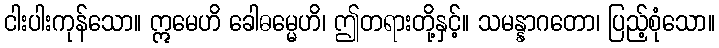
ငါးပါးကုန်သော။ ဣမေဟိ ခေါဓမ္မေဟိ၊ ဤတရားတို့နှင့်။ သမန္နာဂတော၊ ပြည့်စုံသော။